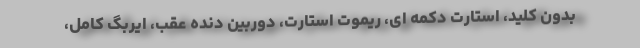
بدون کلید، استارت دکمه ای، ریموت استارت، دوربین دنده عقب، ایربگ کامل،